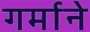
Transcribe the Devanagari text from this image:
गर्माने